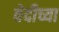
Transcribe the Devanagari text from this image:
वेदीच्या